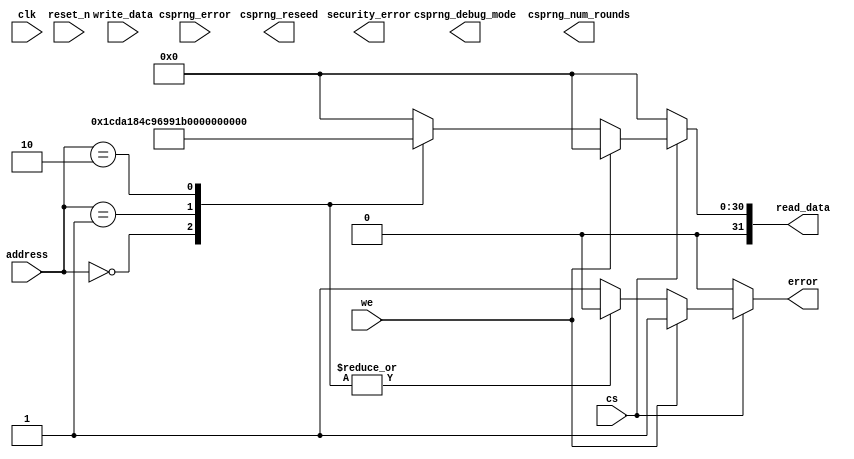
module trng_debug_ctrl(
                       input wire           clk,
                       input wire           reset_n,
                       input wire           cs,
                       input wire           we,
                       input wire  [7 : 0]  address,
                       input wire  [31 : 0] write_data,
                       output wire [31 : 0] read_data,
                       output wire          error,
                       output wire          csprng_debug_mode,
                       output wire [4 : 0]  csprng_num_rounds,
                       output wire          csprng_reseed,
                       input wire           csprng_error,
                       output wire          security_error
                      );
  parameter ADDR_NAME0         = 8'h00;
  parameter ADDR_NAME1         = 8'h01;
  parameter ADDR_VERSION       = 8'h02;
  parameter CORE_NAME0         = 32'h73686132; 
  parameter CORE_NAME1         = 32'h2d323536; 
  parameter CORE_VERSION       = 32'h302e3830; 
  reg [31 : 0] tmp_read_data;
  reg          tmp_error;
  assign read_data = tmp_read_data;
  assign error     = tmp_error;
  always @ (posedge clk)
    begin
      if (!reset_n)
        begin
        end
      else
        begin
        end
    end 
  always @*
    begin : api_logic
      tmp_read_data = 32'h00000000;
      tmp_error     = 0;
      if (cs)
        begin
          if (we)
            begin
              case (address)
                default:
                  begin
                    tmp_error = 1;
                  end
              endcase 
            end 
          else
            begin
              case (address)
                ADDR_NAME0:
                  begin
                    tmp_read_data = CORE_NAME0;
                  end
                ADDR_NAME1:
                  begin
                    tmp_read_data = CORE_NAME1;
                  end
                ADDR_VERSION:
                  begin
                    tmp_read_data = CORE_VERSION;
                  end
                default:
                  begin
                    tmp_error = 1;
                  end
              endcase 
            end
        end
    end 
endmodule